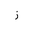
Letter: _zay